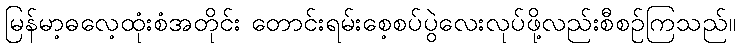
မြန်မာ့ဓလေ့ထုံးစံအတိုင်း တောင်းရမ်းစေ့စပ်ပွဲလေးလုပ်ဖို့လည်းစီစဉ်ကြသည်။